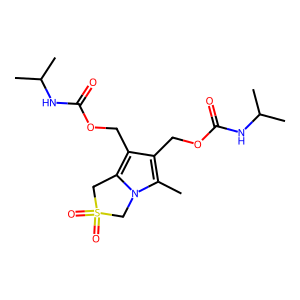
SMILES: Cc1c(COC(=O)NC(C)C)c(COC(=O)NC(C)C)c2n1CS(=O)(=O)C2
Inhibits HIV replication: No